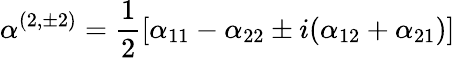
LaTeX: \alpha^{(2,\pm 2)}=\frac{1}{2}[\alpha_{11}-\alpha_{22}\pm i(\alpha_{12}+\alpha_{21})]